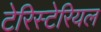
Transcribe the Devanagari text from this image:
टेरिस्टेरियल